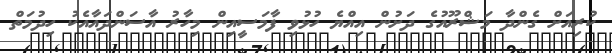
ކުރިއަށް ގެންދާ މަޝްރޫއުގެ ދަށުން އިއްޔެ ހުޅުވި ފާމަސީއިން މިހާރު އާސަންދައާއެކު ހިދުމަތް